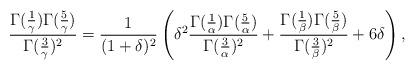
LaTeX: \begin{align*}\begin{array}{c}\displaystyle\frac{\Gamma(\frac{1}{\gamma})\Gamma(\frac{5}{\gamma})}{\Gamma(\frac{3}{\gamma})^2} =\frac{1}{(1+\delta)^2}\left(\delta^2\frac{\Gamma(\frac{1}{\alpha})\Gamma(\frac{5}{\alpha})}{\Gamma(\frac{3}{\alpha})^2}+\frac{\Gamma(\frac{1}{\beta})\Gamma(\frac{5}{\beta})}{\Gamma(\frac{3}{\beta})^2}+6\delta\right),\end{array}\end{align*}